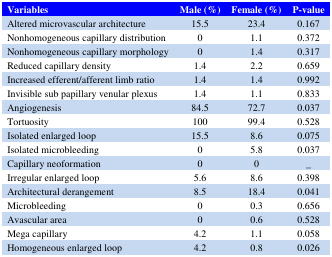
| Variables | Male (%) | Female (%) | P-value |
 | --- | --- | --- | --- |
 | Altered microvascular architecture | 15.5 | 23.4 | 0.167 |
 | Nonhomogeneous capillary distribution | 0 | 1.1 | 0.372 |
 | Nonhomogeneous capillary morphology | 0 | 1.4 | 0.317 |
 | Reduced capillary density | 1.4 | 2.2 | 0.659 |
 | Increased efferent/afferent limb ratio | 1.4 | 1.4 | 0.992 |
 | Invisible sub papillary venular plexus | 1.4 | 1.1 | 0.833 |
 | Angiogenesis | 84.5 | 72.7 | 0.037 |
 | Tortuosity | 100 | 99.4 | 0.528 |
 | Isolated enlarged loop | 15.5 | 8.6 | 0.075 |
 | Isolated microbleeding | 0 | 5.8 | 0.037 |
 | Capillary neoformation | 0 | 0 | _ |
 | Irregular enlarged loop | 5.6 | 8.6 | 0.398 |
 | Architectural derangement | 8.5 | 18.4 | 0.041 |
 | Microbleeding | 0 | 0.3 | 0.656 |
 | Avascular area | 0 | 0.6 | 0.528 |
 | Mega capillary | 4.2 | 1.1 | 0.058 |
 | Homogeneous enlarged loop | 4.2 | 0.8 | 0.026 |